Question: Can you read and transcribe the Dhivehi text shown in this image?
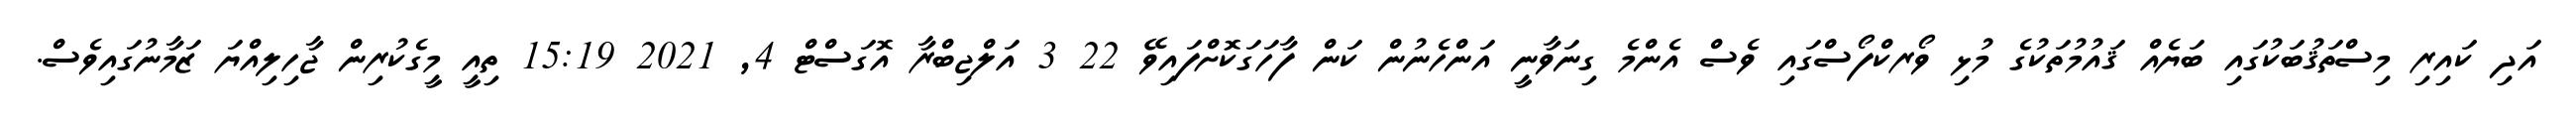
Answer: އަދި ކައިރި މިސްތަޤުބަކުގައި ބަޔެއް ޤައުމުތަކުގެ މުޅި ވޯރކްފޯސްގައި ވެސް އެންމެ ގިނަވާނީ އަންހެނުން ކަން ފާހަގަކޮށްފައިވޭ 22 3 އަލްޖިބްރާ އޮގަސްޓް 4, 2021 15:19 ތިއީ މީގެކުރިން ޖާހިލިއްޔަ ޒަމާނުގައިވެސް.